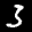
Label: 3